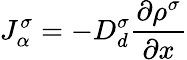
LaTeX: J_{\alpha}^{\sigma}=-D_{d}^{\sigma}\frac{\partial\rho^{\sigma}}{\partial x}